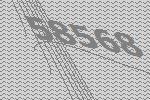
58568